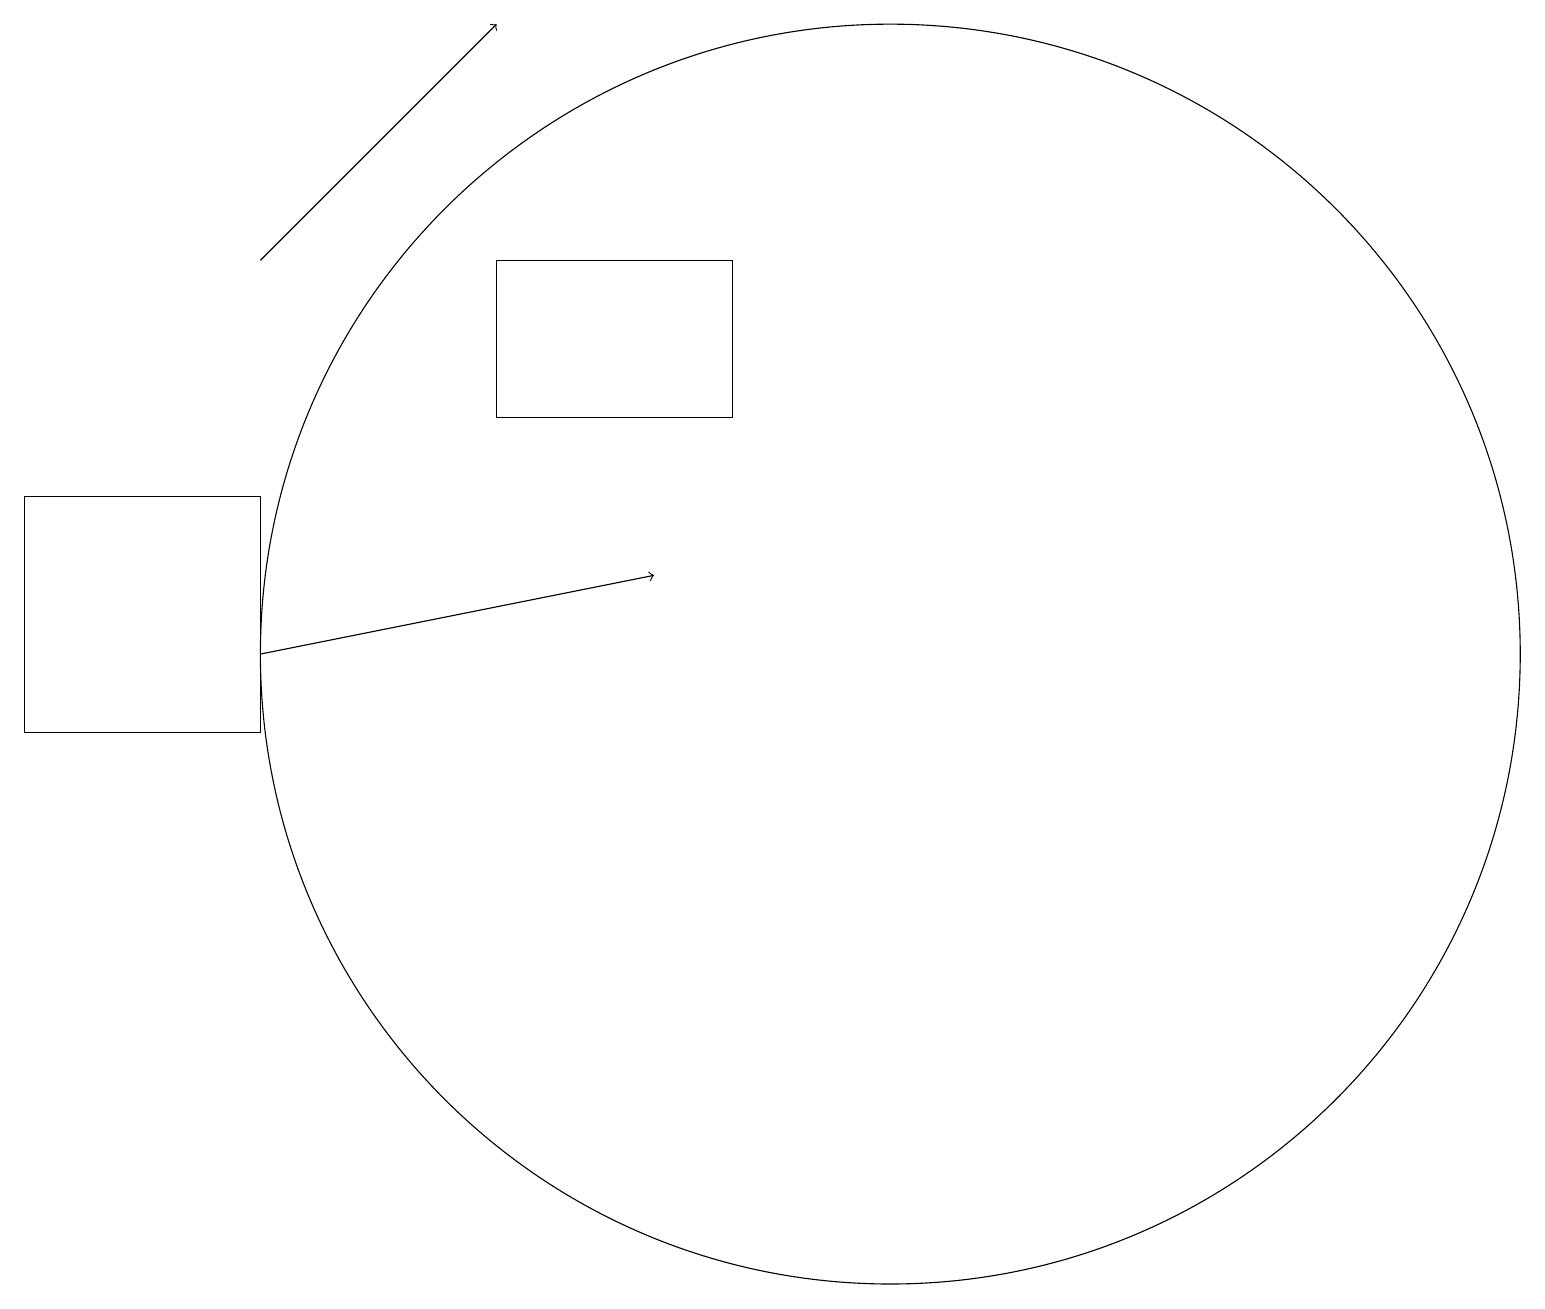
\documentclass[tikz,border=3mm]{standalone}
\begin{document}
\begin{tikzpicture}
\draw (6,16) rectangle (9,14);
\draw[->] (3,11) -- (8,12);
\draw (11,12) circle (0);
\draw (11,11) circle (8);
\draw (0,13) rectangle (3,10);
\draw (11,11) circle (0);
\draw[->] (3,16) -- (6,19);
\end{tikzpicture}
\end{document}